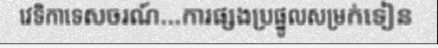
វេទិកាទេសចរណ៍...ការផ្សងប្រផ្នូលសម្រក់ទៀន